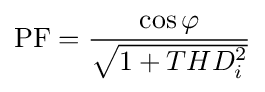
{\mbox{PF}}={\frac {\cos {\varphi }}{\sqrt {1+THD_{i}^{2}}}}